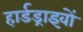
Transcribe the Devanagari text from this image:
हार्डड्राइवों